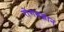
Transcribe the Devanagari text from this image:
रोगवज्ञान